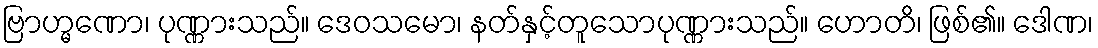
ဗြာဟ္မဏော၊ ပုဏ္ဏားသည်။ ဒေဝသမော၊ နတ်နှင့်တူသောပုဏ္ဏားသည်။ ဟောတိ၊ ဖြစ်၏။ ဒေါဏ၊